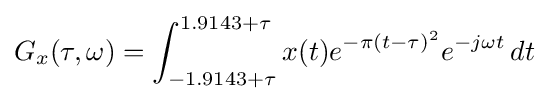
G_{x}(\tau ,\omega )=\int _{-1.9143+\tau }^{1.9143+\tau }x(t)e^{-\pi (t-\tau )^{2}}e^{-j\omega t}\,dt